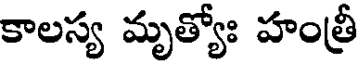
కాలస్య మృత్యోః హంత్రీ